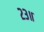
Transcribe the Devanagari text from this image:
२३॥